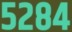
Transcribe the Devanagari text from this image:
५२८४